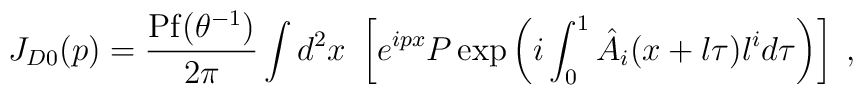
J_{D0} (p) = \frac{{\rm Pf} (\theta^{-1})}{2 \pi} \int d^2 x~\left[ e^{ipx}P \exp \left( i \int_0^1 \hat{A}_i (x+l \tau) l^i d\tau \right)\right] \;,